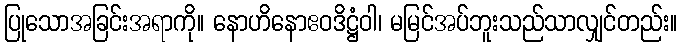
ပြုသောအခြင်းအရာကို။ နောဟိနောဧဝဒိဋ္ဌံဝါ၊ မမြင်အပ်ဘူးသည်သာလျှင်တည်း။